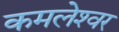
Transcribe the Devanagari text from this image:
कमलेश्‍वर